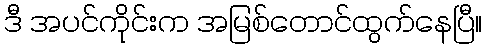
ဒီ အပင်ကိုင်းက အမြစ်တောင်ထွက်နေပြီ။